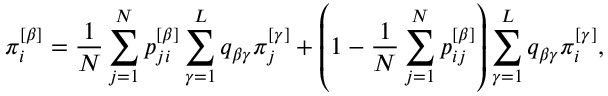
\pi _ { i } ^ { \left[ \beta \right] } = \frac { 1 } { N } \sum _ { j = 1 } ^ { N } p _ { j i } ^ { \left[ \beta \right] } \sum _ { \gamma = 1 } ^ { L } q _ { \beta \gamma } \pi _ { j } ^ { \left[ \gamma \right] } + \left( 1 - \frac { 1 } { N } \sum _ { j = 1 } ^ { N } p _ { i j } ^ { \left[ \beta \right] } \right) \sum _ { \gamma = 1 } ^ { L } q _ { \beta \gamma } \pi _ { i } ^ { \left[ \gamma \right] } ,